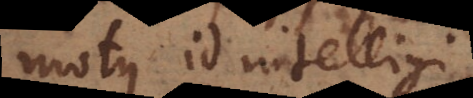
motus id intelligi,